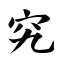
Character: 究